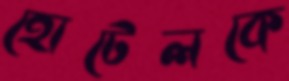
হোটেলকে